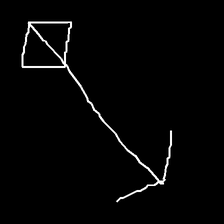
Glyph: focus